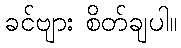
ခင်ဗျား စိတ်ချပါ။